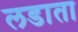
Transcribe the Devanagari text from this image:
लडाता